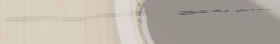
حلويات الزهر فندق يفتح أب